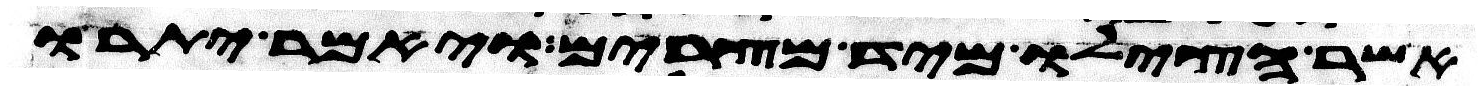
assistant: אשר הצילו מיד מצרים ויאמר יתרו